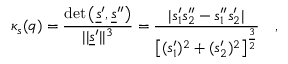
\kappa _ { s } ( q ) = \frac { \mathrm { \operatorname* { d e t } } \left( \underline { { s } } ^ { \prime } , \underline { { s } } ^ { \prime \prime } \right) } { \vert \vert \underline { { s } } ^ { \prime } \vert \vert ^ { 3 } } = \frac { \vert s _ { 1 } ^ { \prime } s _ { 2 } ^ { \prime \prime } - s _ { 1 } ^ { \prime \prime } s _ { 2 } ^ { \prime } \vert } { \left[ ( s _ { 1 } ^ { \prime } ) ^ { 2 } + ( s _ { 2 } ^ { \prime } ) ^ { 2 } \right] ^ { \frac { 3 } { 2 } } } \quad ,